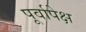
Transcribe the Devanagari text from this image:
पूर्वापेक्ष